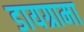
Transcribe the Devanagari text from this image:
डायग्रामा